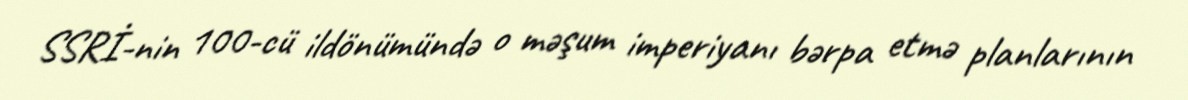
SSRİ-nin 100-cü ildönümündə o məşum imperiyanı bərpa etmə planlarının